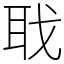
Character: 聀